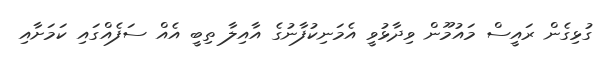
ގުޅިގެން ރައީސް މައުމޫން ވިދާޅުވީ އެމަނިކުފާނުގެ އާއިލާ ތިބީ އެއް ސަފެއްގައި ކަމަށާއި